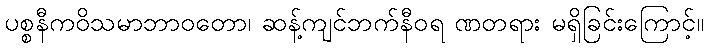
ပစ္စနီကဝိသမာဘာဝတော၊ ဆန့်ကျင်ဘက်နီဝရ ဏတရား မရှိခြင်းကြောင့်။